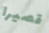
قصيرا